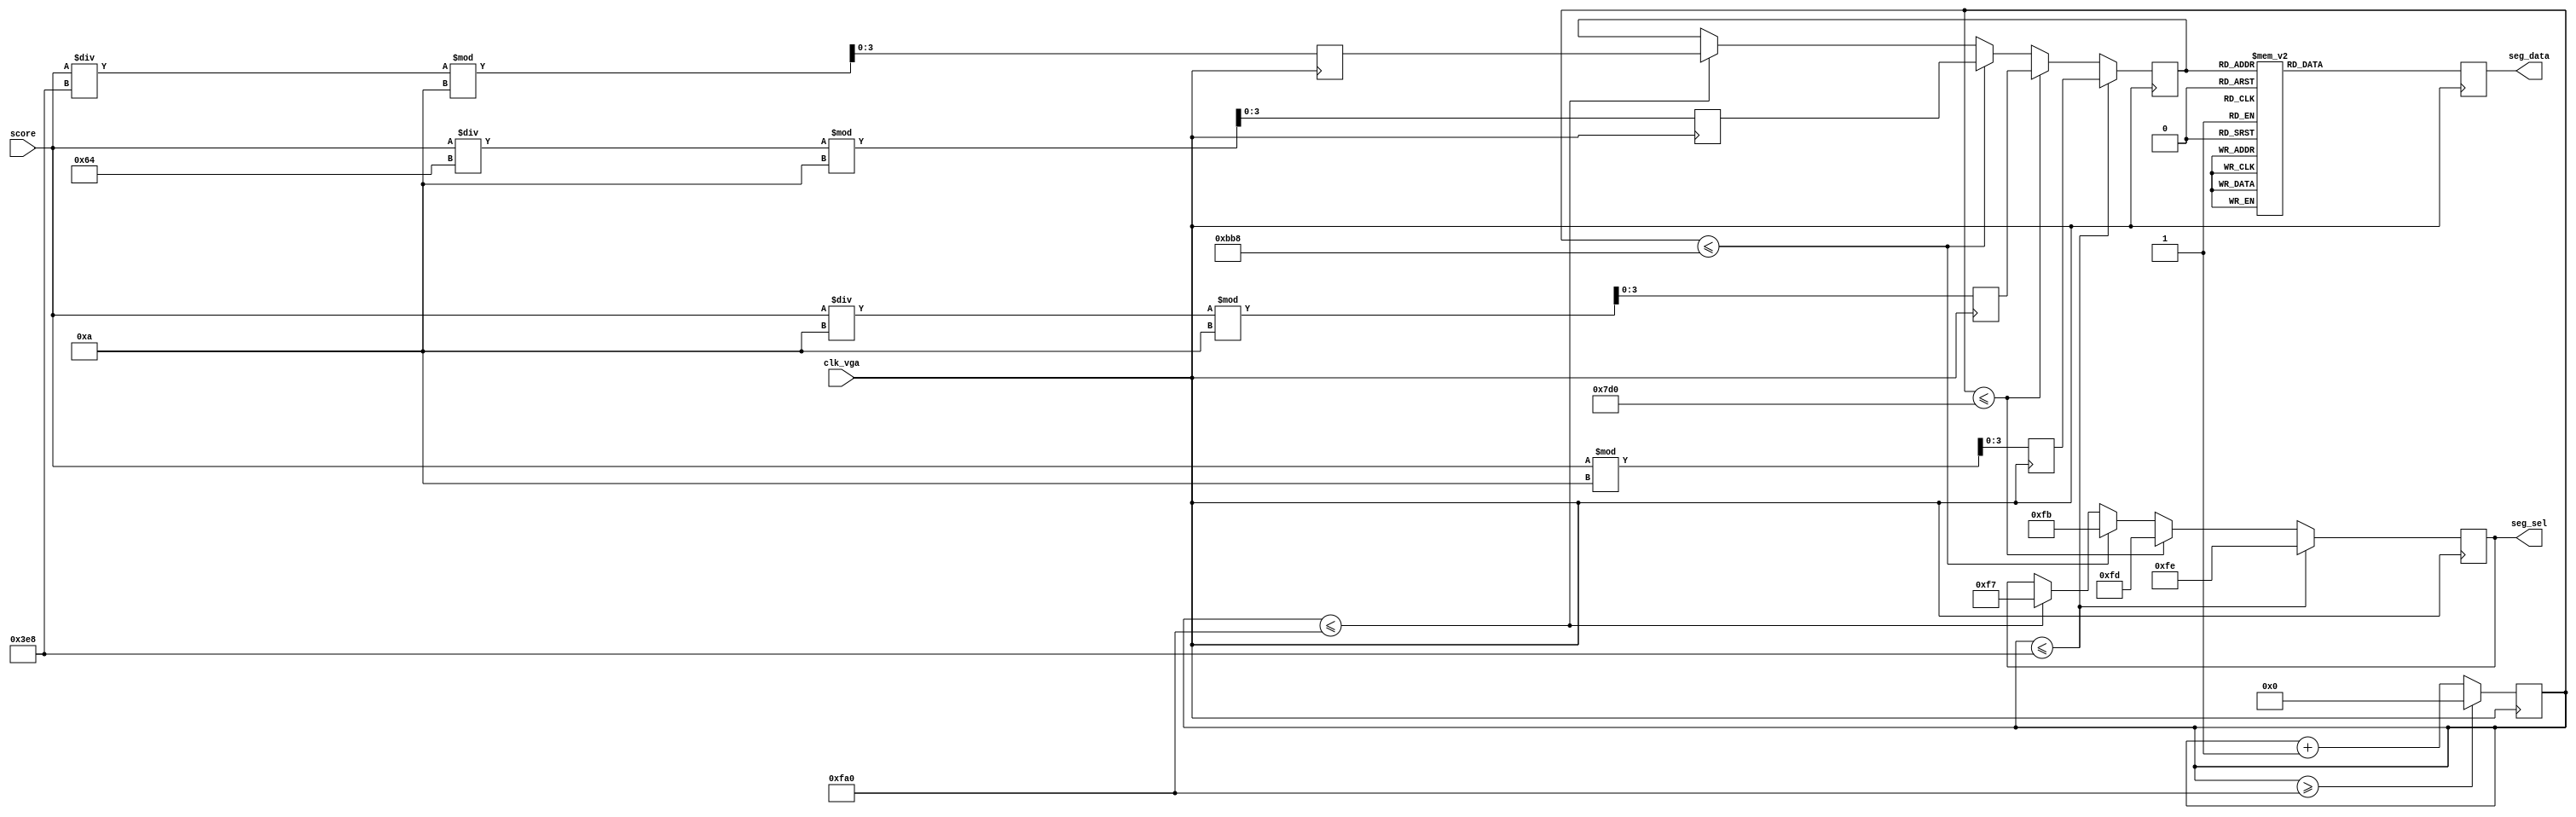
module scoreShow(
    input clk_vga,
    input [13:0]score,//
    output reg[6:0]seg_data, //
    output reg[7:0]seg_sel//
);
reg [3:0]score_ones=0;//
reg [3:0]score_tens=0;//
reg [3:0]score_hund=0;//
reg [3:0]score_thou=0;//

reg [15:0]cnt=0;
reg [3:0]data;

always@(posedge clk_vga)
begin
    begin
        cnt<=cnt+1;
        if(cnt>=4000)
            cnt<=0;
    end
end

always@(posedge clk_vga) 
begin
    score_ones<=score%10;
    score_tens<=(score/10)%10;
    score_hund<=(score/100)%10;
    score_thou<=(score/1000)%10;
end

always@(posedge clk_vga) 
begin
    begin
        if(cnt<=1000)//cnt
        begin
            seg_sel<=8'b11111110;
            data<=score_ones;
		end
		else if(cnt<=2000)
        begin
            seg_sel<=8'b11111101;
            data<=score_tens;
		end
		else if(cnt<=3000)
        begin
            seg_sel<=8'b11111011;
            data<=score_hund;
        end
		else if(cnt<=4000)
        begin
            seg_sel<=8'b11110111;
            data<=score_thou;
		end
        case (data)//
            4'd0:seg_data <= 7'b1000000;
            4'd1:seg_data <= 7'b1111001;
            4'd2:seg_data <= 7'b0100100;
            4'd3:seg_data <= 7'b0110000;
            4'd4:seg_data <= 7'b0011001;
            4'd5:seg_data <= 7'b0010010;
            4'd6:seg_data <= 7'b0000010;
            4'd7:seg_data <= 7'b1111000;
            4'd8:seg_data <= 7'b0000000;
            4'd9:seg_data <= 7'b0010000;
            default:
            seg_data <= 7'b1111111;
        endcase
    end
end
endmodule